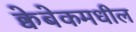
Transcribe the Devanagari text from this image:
क्वेबेकमधील